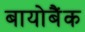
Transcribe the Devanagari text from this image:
बायोबैंक